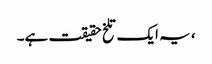
، یہ ایک تلخ حقیقت ہے۔